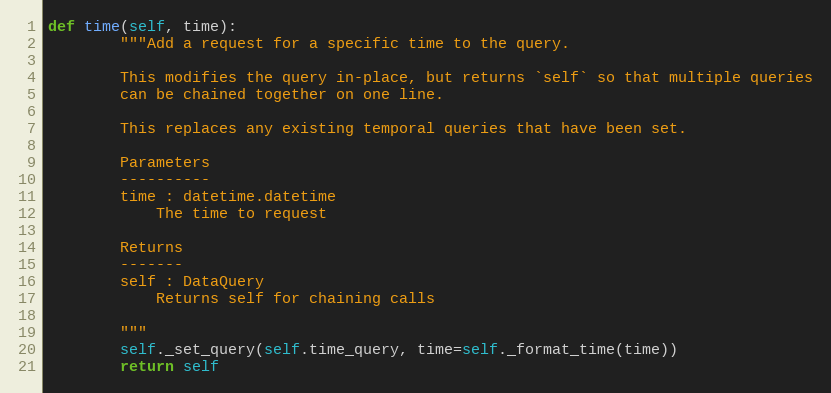
Language: Python
def time(self, time):
        """Add a request for a specific time to the query.

        This modifies the query in-place, but returns `self` so that multiple queries
        can be chained together on one line.

        This replaces any existing temporal queries that have been set.

        Parameters
        ----------
        time : datetime.datetime
            The time to request

        Returns
        -------
        self : DataQuery
            Returns self for chaining calls

        """
        self._set_query(self.time_query, time=self._format_time(time))
        return self